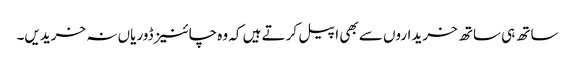
ساتھ ہی ساتھ خریداروں سے بھی اپیل کرتے ہیں کہ وہ چائنیز ڈوریاں نہ خریدیں۔